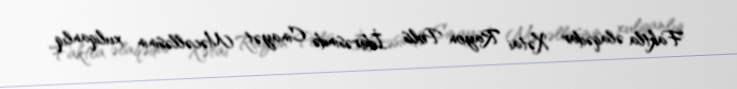
Faktla əlaqədar Xətai Rayon Polis İdarəsində Cinayət Məcəlləsinin xuliqanlıq